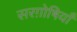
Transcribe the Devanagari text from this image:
सरग़ोषियाँ